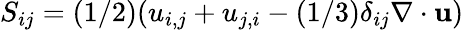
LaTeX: S_{ij}=(1/2)(u_{i,j}+u_{j,i}-(1/3)\delta_{ij}\nabla\cdot\mathbf{u})